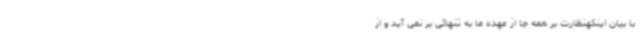
با بیان اینکهنظارت بر همه جا از عهده ما به تنهائی بر نمی آید و از